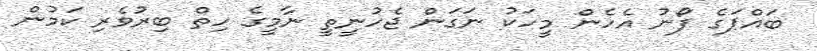
ބައްޕަގެ ފޯނު އެހެން މީހަކު ނަގަން ޖެހުނީތީ ނާމީގެ ހިތް ބިރުވެރި ކަމުން